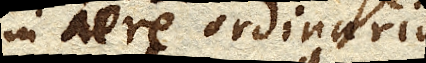
in aere ordinario